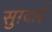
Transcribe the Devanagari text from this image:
सुग़्दाई